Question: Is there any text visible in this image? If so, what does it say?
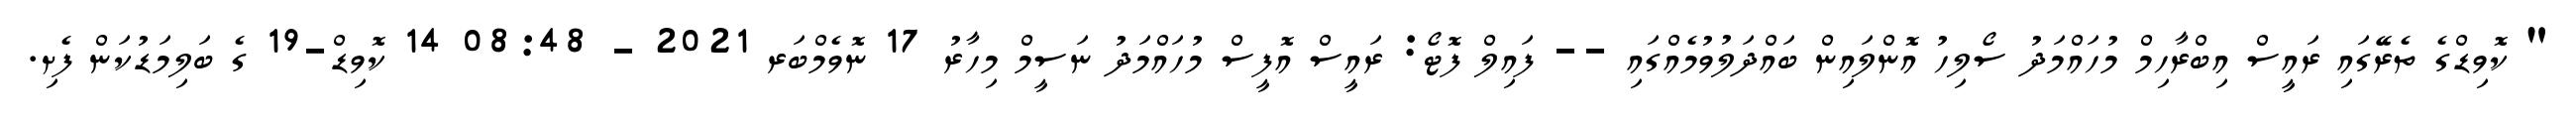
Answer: " ކޮވިޑްގެ ތެރޭގައި ރައީސް އިބްރާހިމް މުހައްމަދު ސޯލިހު އޮންލައިން ބައްދަލުވުމެއްގައި -- ފައިލް ފޮޓޯ: ރައީސް އޮފީސް މުހައްމަދު ނަސީމް މިހާރު 17 ނޮވެމްބަރ 2021 - 08:48 14 ކޮވިޑް-19 ގެ ބަލިމަޑުކަން ފެށި.